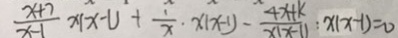
\frac { x + 7 } { x - 1 } x \vert x - 1 \vert + \frac { 1 } { x } \cdot x ( x - 1 ) - \frac { 4 x + k } { x ( x - 1 ) } : x ( x - 1 ) = 0